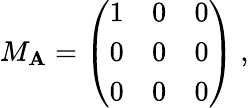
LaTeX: M_{\mathbf{A}}=\left(\begin{array}{ccc}{{1}}&{{0}}&{{0}}\\ {{0}}&{{0}}&{{0}}\\ {{0}}&{{0}}&{{0}}\end{array}\right)~,